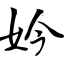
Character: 妗